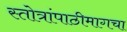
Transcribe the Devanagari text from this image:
स्तोत्रांपाठीमागचा